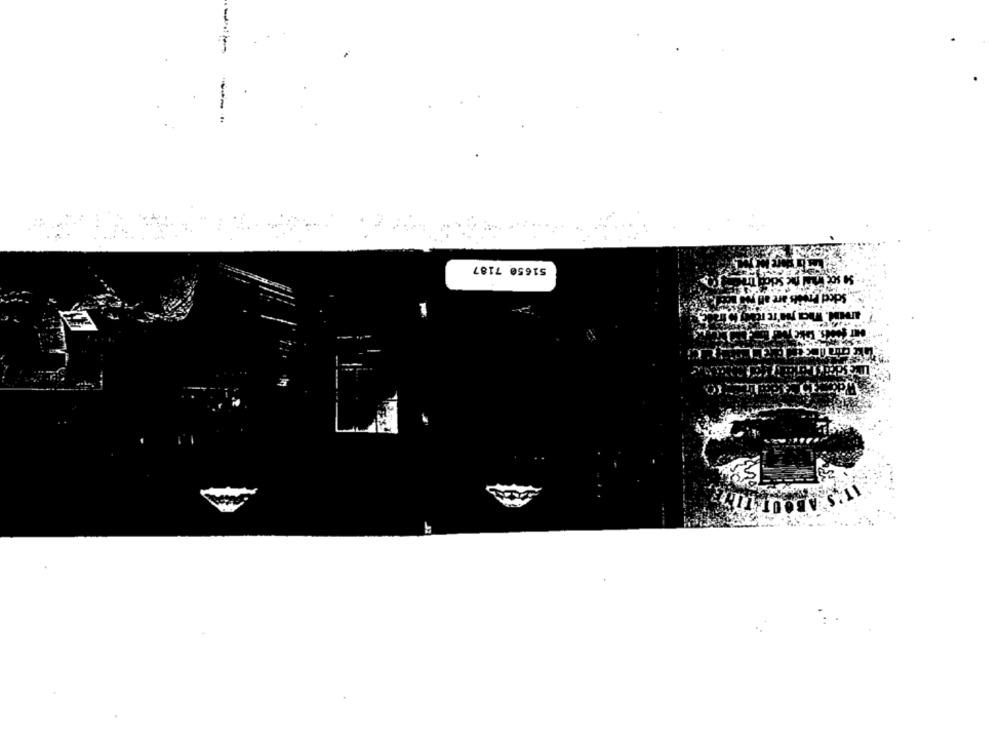
51650 7187
Sciec Fruits are an